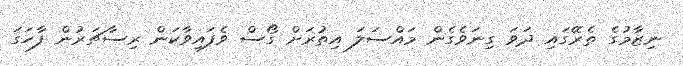
ނިޒާމުގެ ތެރޭގައި ދަވަ ގިނަވެގެން މައްސަލަ އިތުރަށް ގޯސް ވެފައިވާކަން ރިސާޗަރުން ފާހަގަ